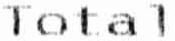
TOTAL